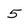
Character: 5